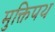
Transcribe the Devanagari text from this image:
मुक्तिपथ